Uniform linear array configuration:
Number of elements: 32
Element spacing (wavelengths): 0.75
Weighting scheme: exponential
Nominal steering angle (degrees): -60
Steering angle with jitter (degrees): -61.895
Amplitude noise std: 0.05
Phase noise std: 0.05

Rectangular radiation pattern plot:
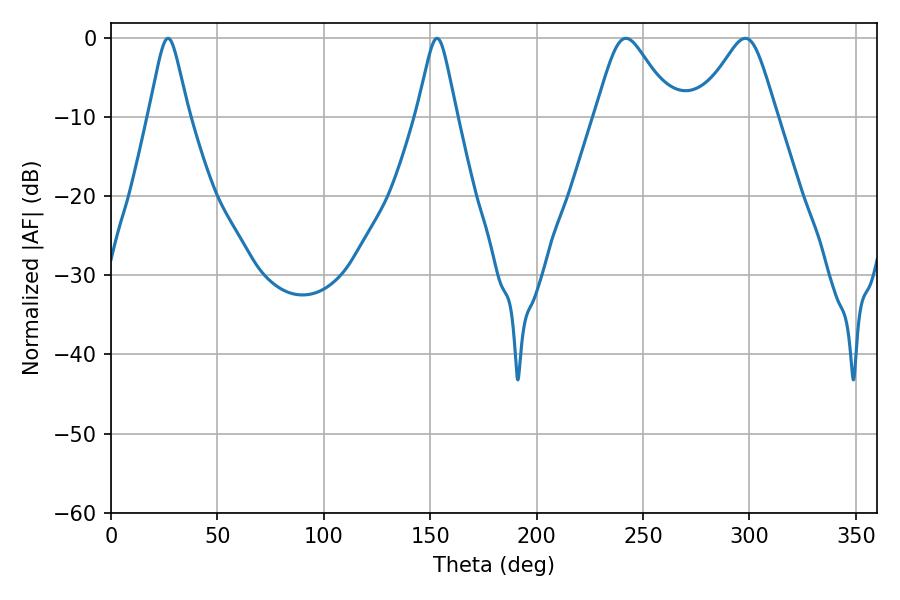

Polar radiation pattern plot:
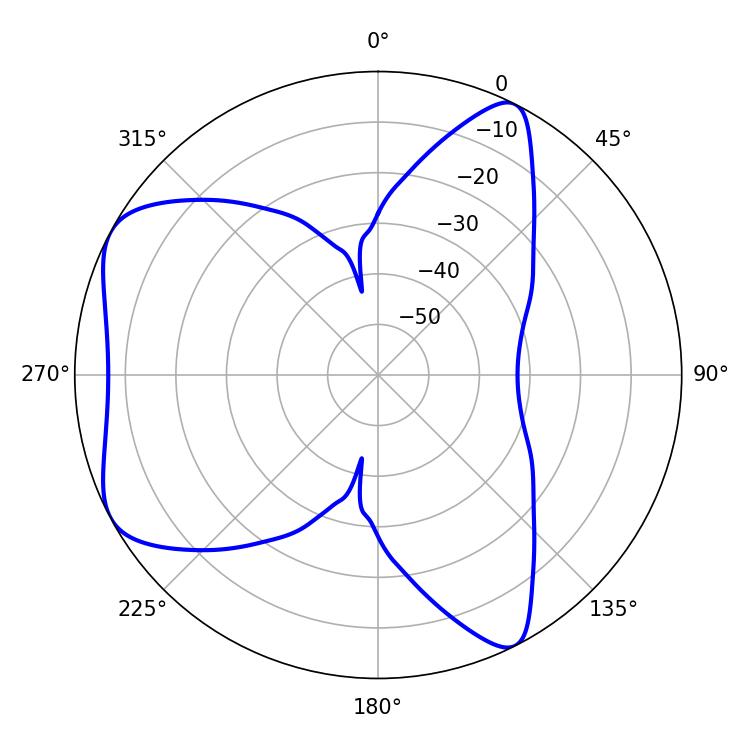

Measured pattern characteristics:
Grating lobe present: TRUE
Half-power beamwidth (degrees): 17.64
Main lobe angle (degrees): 241.92